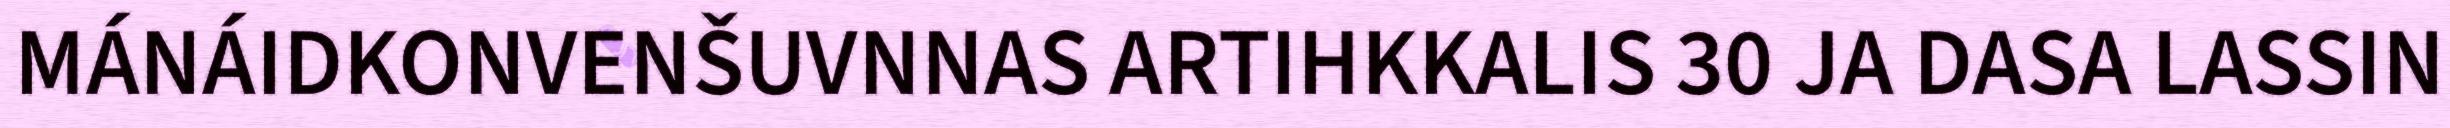
MÁNÁIDKONVENŠUVNNAS ARTIHKKALIS 30 JA DASA LASSIN